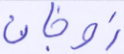
زوجان